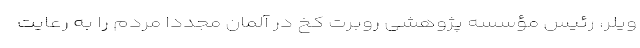
ویلر، رئیس مؤسسه پژوهشی روبرت کخ در آلمان مجددا مردم را به رعایت